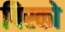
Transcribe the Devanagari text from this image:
पिस्को